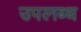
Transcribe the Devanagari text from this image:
उपल्‍ाब्‍ध